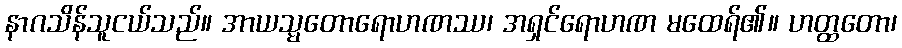
နာဂသိန်သူငယ်သည်။ အာယသ္မတောရောဟဏဿ၊ အရှင်ရောဟဏ မထေရ်၏။ ဟတ္ထတော၊